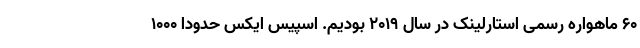
۶۰ ماهواره رسمی استارلینک در سال ۲۰۱۹ بودیم. اسپیس ایکس حدوداً ۱۰۰۰